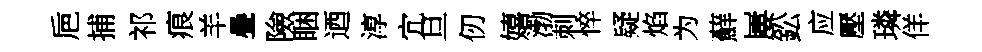
巵捕祁痕羊疊險睏迺淳宂旦仞嬉渤刺悴疑焰为蘚屢鈆应壓璘佯